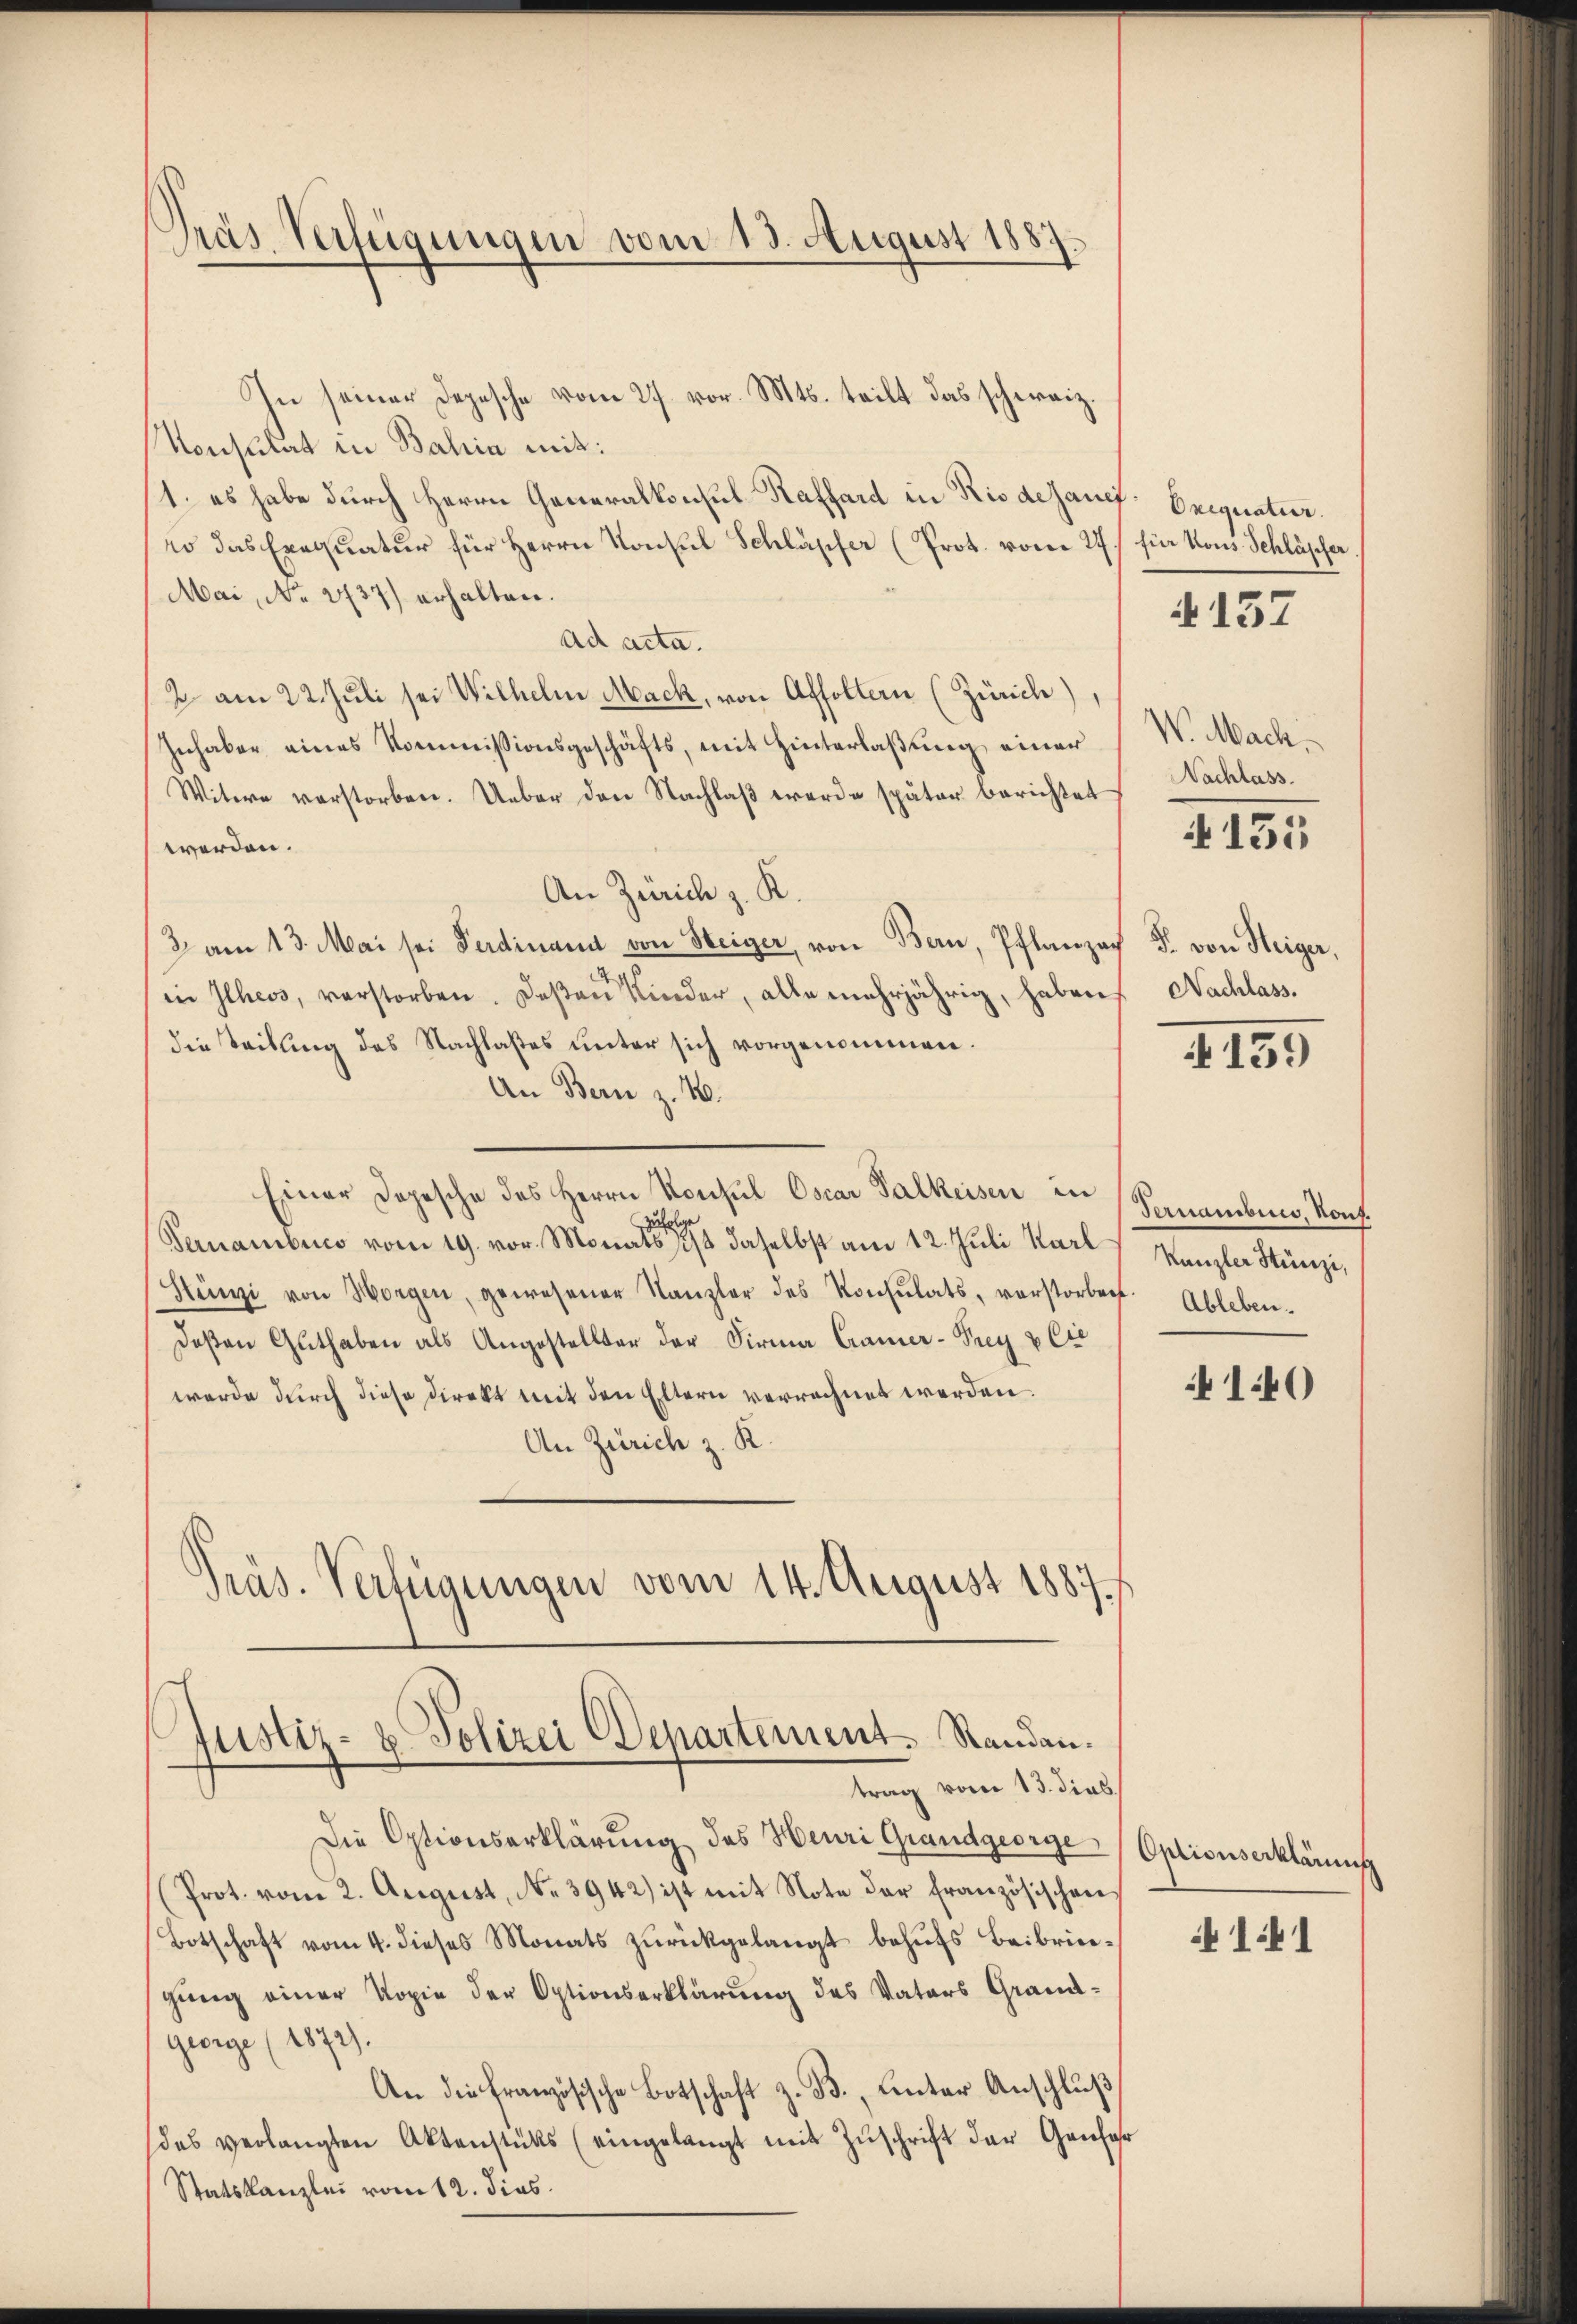
Pras Verfügungen vom 13. August 1887.

Justiz- & Polizei Departement Randantrag vom 13. dies

In seiner Depesche vom 27. vor. Mts. teilt das schweiz.
Konsulat in Bahia mit:
1. es habe durch Herrn Generalkonsul Raffard in Rio desaner- Brignatur.
wo das Exequatur für Herrn Konsul Schläpfer (Prot. vom 27.
Mai, No. 2737) erhalten.
Ad acta.
2 am 22. Juli sei Wilhelm Mack, von Affoltern (Zürich)
Inhaber eines Kommissionsgeschäfts, mit Hinterlaßung einer
Witwe verstorben. Ueber den Nachlaβ werde später berichtet
werden.
An Zürich z. K.
2 am 13. Mai sei Ferdinand von Steiger, von Bern, Pflanzach Fr. von Heiger,
in Ilhess, verstorben. Daß an Kinder, alle mehrjährig, haben
die Teilung des Nachlaßes unter sich vorgenommen.
An Bern z. 16.
Einer Depesche des Herrn Konsul Oscar Falkeisen in (Pernamben, Kons.
zählige
Pernambuco vom 19. vor. Monats ist daselbst am 12. Juli Karl
Stünzi von Horgen, gewesener Kanzler des Konsŭlats, vorstorben. Ableben-
Deßen Guthaben als Angestellter der Firma Cramer-Prey & Cie
werde durch diese Direkt mit den Eltern verrechnet werden.
An Zürich z. K.
Präs. Verfügungen vom 14. August 1887

Die Optionserklärung des Heuri Grandgeorge Optionserklärung
(Prot. vom 2. August, N. 3942) ist mit Note der französischen
Botschaft vom 4. dieses Monats zurückgelangt behufs Beibringung einer Kopie der Optionserklärung des Vaters Grand¬
George (1872).
An die französische Botschaft z. B., unter Anschluß
(das verlangten Aktenstüks (eingelangt mit Zuschrift der Genfer
Statskanzlei vom 12. dies

für Kons. Schläpfer

4157

W. Mach
Nachlass.

135

Nachlass.

139

Kanzler Stünzi,

410

141